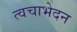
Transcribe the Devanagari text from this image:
त्वचाभेदन